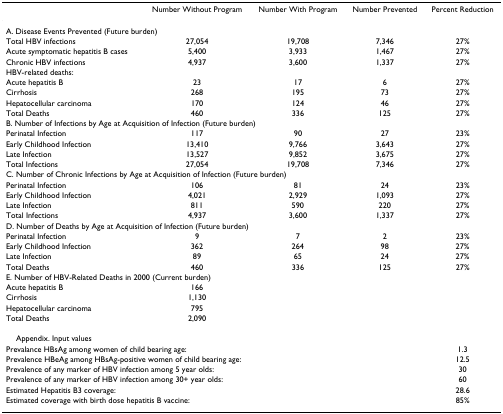
<table><thead><tr><td></td><td><b>Number Without Program</b></td><td><b>Number With Program</b></td><td><b>Number Prevented</b></td><td><b>Percent Reduction</b></td></tr></thead><tbody><tr><td colspan="5">A. Disease Events Prevented (Future burden)</td></tr><tr><td>Total HBV infections</td><td>27,054</td><td>19,708</td><td>7,346</td><td>27%</td></tr><tr><td>Acute symptomatic hepatitis B cases</td><td>5,400</td><td>3,933</td><td>1,467</td><td>27%</td></tr><tr><td>Chronic HBV infections</td><td>4,937</td><td>3,600</td><td>1,337</td><td>27%</td></tr><tr><td>HBV-related deaths:</td><td></td><td></td><td></td><td></td></tr><tr><td>Acute hepatitis B</td><td>23</td><td>17</td><td>6</td><td>27%</td></tr><tr><td>Cirrhosis</td><td>268</td><td>195</td><td>73</td><td>27%</td></tr><tr><td>Hepatocellular carcinoma</td><td>170</td><td>124</td><td>46</td><td>27%</td></tr><tr><td>Total Deaths</td><td>460</td><td>336</td><td>125</td><td>27%</td></tr><tr><td colspan="5">B. Number of Infections by Age at Acquisition of Infection (Future burden)</td></tr><tr><td>Perinatal Infection</td><td>117</td><td>90</td><td>27</td><td>23%</td></tr><tr><td>Early Childhood Infection</td><td>13,410</td><td>9,766</td><td>3,643</td><td>27%</td></tr><tr><td>Late Infection</td><td>13,527</td><td>9,852</td><td>3,675</td><td>27%</td></tr><tr><td>Total Infections</td><td>27,054</td><td>19,708</td><td>7,346</td><td>27%</td></tr><tr><td colspan="5">C. Number of Chronic Infections by Age at Acquisition of Infection (Future burden)</td></tr><tr><td>Perinatal Infection</td><td>106</td><td>81</td><td>24</td><td>23%</td></tr><tr><td>Early Childhood Infection</td><td>4,021</td><td>2,929</td><td>1,093</td><td>27%</td></tr><tr><td>Late Infection</td><td>811</td><td>590</td><td>220</td><td>27%</td></tr><tr><td>Total Infections</td><td>4,937</td><td>3,600</td><td>1,337</td><td>27%</td></tr><tr><td colspan="5">D. Number of Deaths by Age at Acquisition of Infection (Future burden)</td></tr><tr><td>Perinatal Infection</td><td>9</td><td>7</td><td>2</td><td>23%</td></tr><tr><td>Early Childhood Infection</td><td>362</td><td>264</td><td>98</td><td>27%</td></tr><tr><td>Late Infection</td><td>89</td><td>65</td><td>24</td><td>27%</td></tr><tr><td>Total Deaths</td><td>460</td><td>336</td><td>125</td><td>27%</td></tr><tr><td colspan="5">E. Number of HBV-Related Deaths in 2000 (Current burden)</td></tr><tr><td>Acute hepatitis B</td><td>166</td><td></td><td></td><td></td></tr><tr><td>Cirrhosis</td><td>1,130</td><td></td><td></td><td></td></tr><tr><td>Hepatocellular carcinoma</td><td>795</td><td></td><td></td><td></td></tr><tr><td>Total Deaths</td><td>2,090</td><td></td><td></td><td></td></tr><tr><td> Appendix. Input values</td><td></td><td></td><td></td><td></td></tr><tr><td colspan="4">Prevalance HBsAg among women of child bearing age:</td><td>1.3</td></tr><tr><td colspan="4">Prevalence HBeAg among HBsAg-positive women of child bearing age:</td><td>12.5</td></tr><tr><td colspan="4">Prevalence of any marker of HBV infection among 5 year olds:</td><td>30</td></tr><tr><td colspan="4">Prevalence of any marker of HBV infection among 30+ year olds:</td><td>60</td></tr><tr><td colspan="4">Estimated Hepatitis B3 coverage:</td><td>28.6</td></tr><tr><td colspan="4">Estimated coverage with birth dose hepatitis B vaccine:</td><td>85%</td></tr></tbody></table>